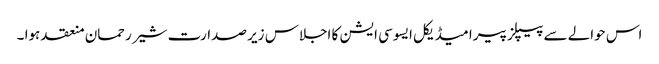
اس حوالے سے پیپلز پیرا میڈیکل ایسوسی ایشن کا اجلاس زیر صدارت شیر رحمان منعقد ہوا ۔